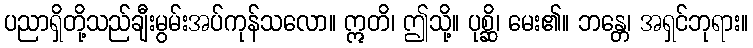
ပညာရှိတို့သည်ချီးမွမ်းအပ်ကုန်သလော။ ဣတိ၊ ဤသို့။ ပုစ္ဆိ၊ မေး၏။ ဘန္တေ၊ အရှင်ဘုရား။